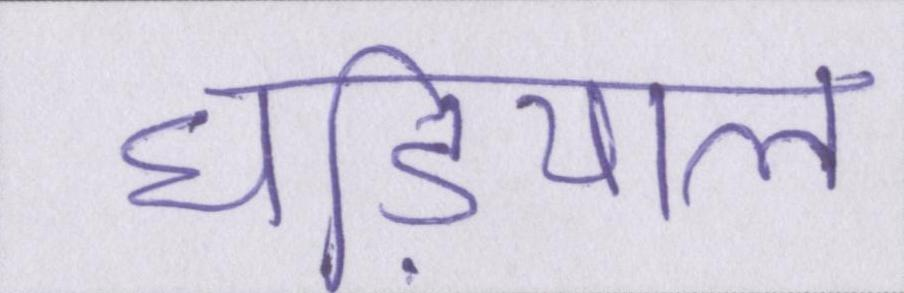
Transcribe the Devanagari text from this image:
घडि़याल